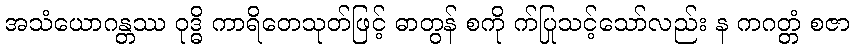
အသံယောဂန္တဿ ဝုဒ္ဓိ ကာရိတေသုတ်ဖြင့် ဓာတွန် စကို က်ပြုသင့်သော်လည်း န ကဂတ္တံ စဇာ